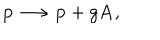
LaTeX: { \bf p } \longrightarrow { \bf p } + g { \bf A } ,